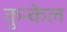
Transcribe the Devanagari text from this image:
कुन्केल